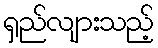
ရှည်လျားသည့်